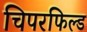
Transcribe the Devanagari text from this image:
चिपरफिल्ड